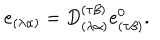
LaTeX: e _ { ( \lambda \alpha ) } = D _ { ( \lambda \alpha ) } ^ { ( \tau \beta ) } e _ { ( \tau \beta ) } ^ { 0 } .